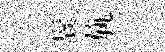
鬂旐